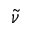
\tilde { \nu }